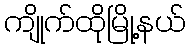
ကျိုက်ထိုမြို့နယ်